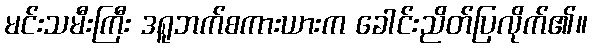
မင်းသမီးကြီး ဒရူဘက်စကားယားက ခေါင်းညိတ်ပြလိုက်၏။